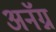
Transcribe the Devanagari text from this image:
अनॅग्न